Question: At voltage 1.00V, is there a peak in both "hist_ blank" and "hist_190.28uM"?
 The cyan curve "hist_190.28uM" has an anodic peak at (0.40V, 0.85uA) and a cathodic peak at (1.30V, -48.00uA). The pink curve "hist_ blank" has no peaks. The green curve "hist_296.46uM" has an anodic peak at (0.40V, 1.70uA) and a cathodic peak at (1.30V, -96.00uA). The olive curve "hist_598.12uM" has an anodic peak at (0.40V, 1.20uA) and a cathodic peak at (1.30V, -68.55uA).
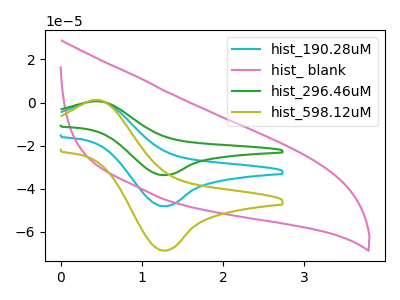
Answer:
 <answer>No, "hist_ blank" and "hist_190.28uM" dont share a peak at 1.00V.</answer>
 <eval>mismatch</eval>